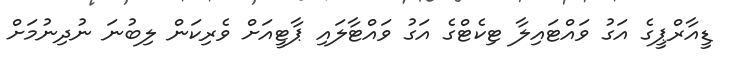
ޑީއާރްޕީގެ އަގު ވައްޓައިލާ ޓިކެޓްގެ އަގު ވައްޓާލައި ޕާޓީއަށް ވެރިކަން ލިބުނަ ނުދިނުމަށް